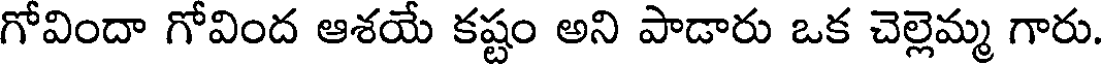
గోవిందా గోవింద ఆశయే కష్టం అని పాడారు ఒక చెల్లెమ్మ గారు.